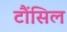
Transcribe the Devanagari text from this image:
टौंसिल